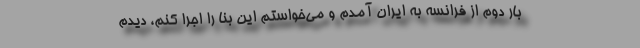
بار دوم از فرانسه به ایران آمدم و می‌خواستم این بنا را اجرا کنم، دیدم